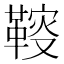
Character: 䩳